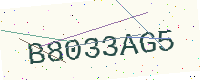
Text: B8033AG5